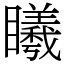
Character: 䂀